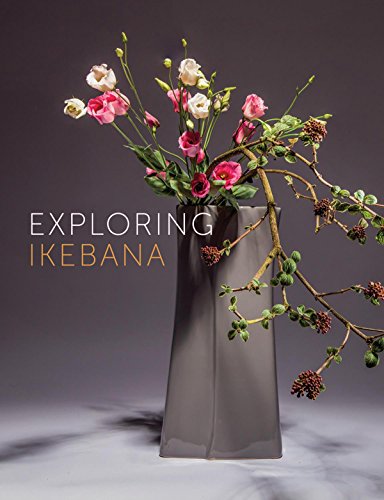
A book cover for Exploring Ikebana (Dutch and English Edition); Ilse Beunen
; Crafts, Hobbies & Home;